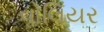
વોલિયર